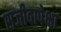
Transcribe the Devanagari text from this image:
सजीवापेक्षा